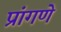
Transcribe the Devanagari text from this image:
प्रांगणे